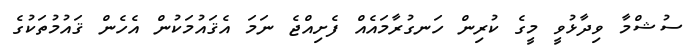
ސުޝްމާ ވިދާޅުވީ މީގެ ކުރިން ހަނގުރާމައެއް ފެށިއްޖެ ނަމަ އެޤައުމަކުން އެހެން ޤައުމުތަކުގެ